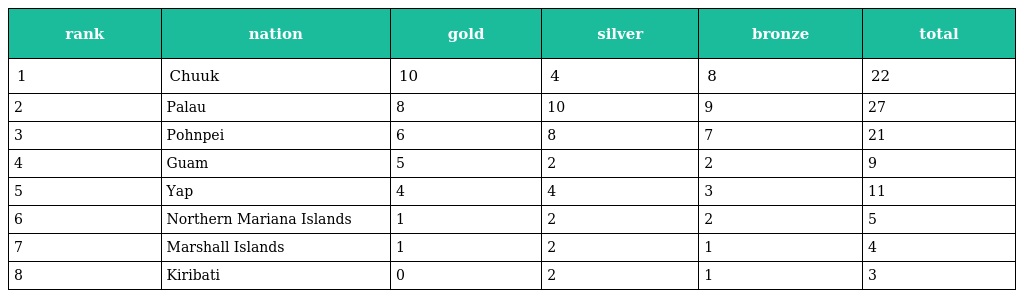
| rank | nation | gold | silver | bronze | total |
 | --- | --- | --- | --- | --- | --- |
 | 1 | Chuuk | 10 | 4 | 8 | 22 |
 | 2 | Palau | 8 | 10 | 9 | 27 |
 | 3 | Pohnpei | 6 | 8 | 7 | 21 |
 | 4 | Guam | 5 | 2 | 2 | 9 |
 | 5 | Yap | 4 | 4 | 3 | 11 |
 | 6 | Northern Mariana Islands | 1 | 2 | 2 | 5 |
 | 7 | Marshall Islands | 1 | 2 | 1 | 4 |
 | 8 | Kiribati | 0 | 2 | 1 | 3 |